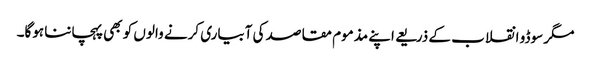
مگر سوڈو انقلاب کے ذریعے اپنے مذموم مقاصد کی آبیاری کرنے والوں کو بھی پہچاننا ہوگا۔